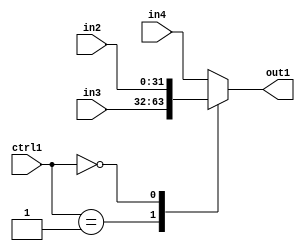
`timescale 1ps / 1ps
/*****************************************************************************
    Verilog RTL Description
    
    
    Created by: Stratus DpOpt 21.05.01 
*******************************************************************************/

module SobelFilter_N_Mux_32_3_113_4 (
	in4,
	in3,
	in2,
	ctrl1,
	out1
	); /* architecture "behavioural" */ 
input [31:0] in4,
	in3,
	in2;
input [1:0] ctrl1;
output [31:0] out1;
wire [31:0] asc001;

reg [31:0] asc001_tmp_0;
assign asc001 = asc001_tmp_0;
always @ (ctrl1 or in3 or in2 or in4) begin
	casez (ctrl1)
		2'B01 : asc001_tmp_0 = in3 ;
		2'B00 : asc001_tmp_0 = in2 ;
		default : asc001_tmp_0 = in4 ;
	endcase
end

assign out1 = asc001;
endmodule

/* CADENCE  v7H1TAs= : u9/ySxbfrwZIxEzHVQQV8Q== ** DO NOT EDIT THIS LINE ******/